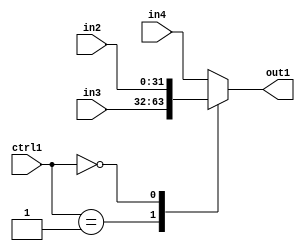
`timescale 1ps / 1ps
/*****************************************************************************
    Verilog RTL Description
    
    
    Created by: Stratus DpOpt 21.05.01 
*******************************************************************************/

module SobelFilter_N_Mux_32_3_113_4 (
	in4,
	in3,
	in2,
	ctrl1,
	out1
	); /* architecture "behavioural" */ 
input [31:0] in4,
	in3,
	in2;
input [1:0] ctrl1;
output [31:0] out1;
wire [31:0] asc001;

reg [31:0] asc001_tmp_0;
assign asc001 = asc001_tmp_0;
always @ (ctrl1 or in3 or in2 or in4) begin
	casez (ctrl1)
		2'B01 : asc001_tmp_0 = in3 ;
		2'B00 : asc001_tmp_0 = in2 ;
		default : asc001_tmp_0 = in4 ;
	endcase
end

assign out1 = asc001;
endmodule

/* CADENCE  v7H1TAs= : u9/ySxbfrwZIxEzHVQQV8Q== ** DO NOT EDIT THIS LINE ******/